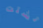
تشتت